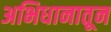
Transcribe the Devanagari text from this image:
अभिधानातून